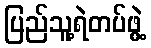
ပြည်သူ့ရဲတပ်ဖွဲ့